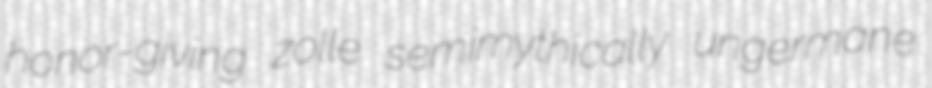
honor-giving zolle semimythically ungermane